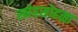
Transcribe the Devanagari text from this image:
स्नेहसोहळा